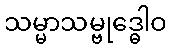
သမ္မာသမ္ဗုဒ္ဓေါဝ